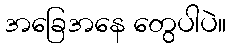
အခြေအနေ တွေပါပဲ။